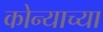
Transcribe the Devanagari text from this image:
कोन्याच्या